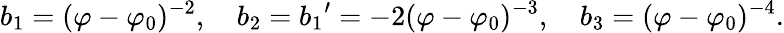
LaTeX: b_{1}=(\varphi-\varphi_{0})^{-2},\ \ \ \ b_{2}={b_{1}}^{\prime}=-2(\varphi-\varphi_{0})^{-3},\ \ \ \ b_{3}=(\varphi-\varphi_{0})^{-4}.